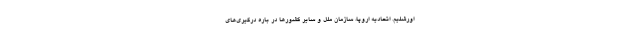
اورشلیم. اتحادیه اروپا، سازمان ملل و سایر کشورها در باره درگیری‌های